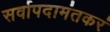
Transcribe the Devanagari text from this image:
सर्वापदामंतकरं